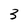
Character: 3